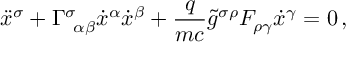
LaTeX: \ddot { x } ^ { \sigma } + { \Gamma } _ { \, \, \, \alpha \beta } ^ { \sigma } \dot { x } ^ { \alpha } \dot { x } ^ { \beta } + \frac { q } { m c } \tilde { g } ^ { \sigma \rho } F _ { \rho \gamma } \dot { x } ^ { \gamma } = 0 \, { , }